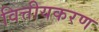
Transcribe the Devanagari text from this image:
वित्तीयकरण